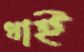
ধাই